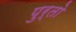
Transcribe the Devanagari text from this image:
पुर्तो